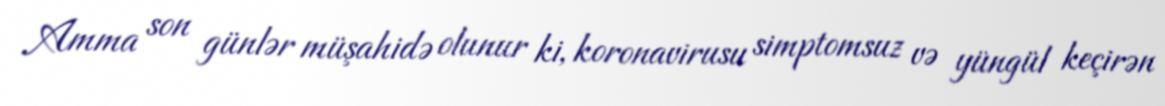
Amma son günlər müşahidə olunur ki, koronavirusu simptomsuz və yüngül keçirən